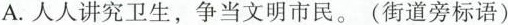
A.人人讲究卫生，争当文明市民。(街道旁标语)